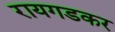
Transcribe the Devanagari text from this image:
रायगडकर